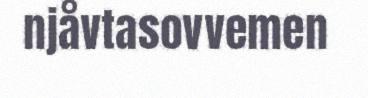
njåvtasovvemen